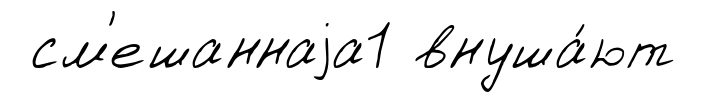
см'ешаннаjа1 внуша́ют